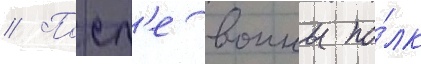
// Посл'е воины по́лк